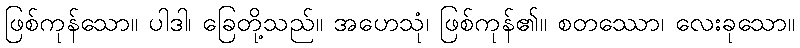
ဖြစ်ကုန်သော။ ပါဒါ၊ ခြေတို့သည်။ အဟေသုံ၊ ဖြစ်ကုန်၏။ စတဿော၊ လေးခုသော။